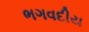
ભગવદીય